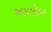
અમલીકર